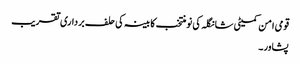
قومی امن کمیٹی شانگلہ کی نومنتخب کابینہ کی حلف برداری تقریب
پشاور۔